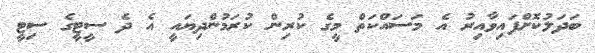
ބަދަލުކޮށްފައިވާއިރު އެ މަސައްކަތް މީގެ ކުރިން ކުރަމުންދިޔައީ އެ ދެ ސީޓީގެ ސިޓީ